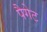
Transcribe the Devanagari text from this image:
पैगेट